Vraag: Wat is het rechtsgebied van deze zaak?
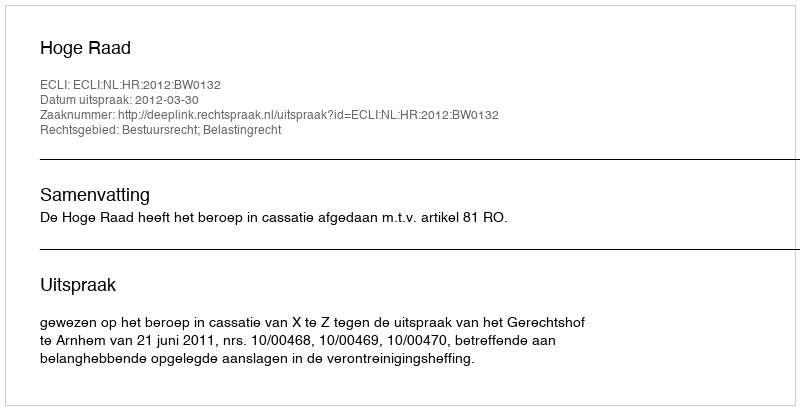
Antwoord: Bestuursrecht; Belastingrecht